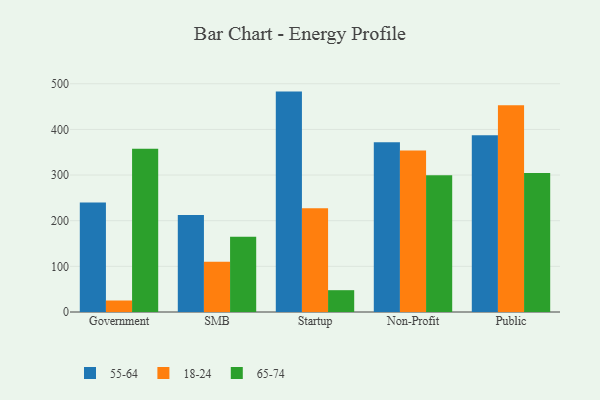
{"axis": {"x": "Segment", "y": "Bounce Rate (%)"}, "legend": ["18-24", "55-64", "65-74"], "data": [{"x": "Government", "y": 239.7, "type": "55-64"}, {"x": "Government", "y": 25.2, "type": "18-24"}, {"x": "Government", "y": 357.8, "type": "65-74"}, {"x": "SMB", "y": 212.7, "type": "55-64"}, {"x": "SMB", "y": 110.3, "type": "18-24"}, {"x": "SMB", "y": 164.8, "type": "65-74"}, {"x": "Startup", "y": 482.8, "type": "55-64"}, {"x": "Startup", "y": 227.5, "type": "18-24"}, {"x": "Startup", "y": 47.8, "type": "65-74"}, {"x": "Non-Profit", "y": 371.8, "type": "55-64"}, {"x": "Non-Profit", "y": 354.0, "type": "18-24"}, {"x": "Non-Profit", "y": 299.3, "type": "65-74"}, {"x": "Public", "y": 387.1, "type": "55-64"}, {"x": "Public", "y": 452.9, "type": "18-24"}, {"x": "Public", "y": 304.6, "type": "65-74"}]}